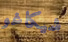
شيكاغو